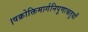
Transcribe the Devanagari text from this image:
।वक्रोक्तिमार्गनिपुणाश्चतुर्थों